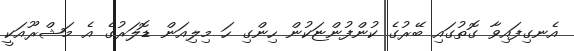
އެނގިފައިވާ ގޮތުގައި ބޭރުގެ ކުންފުންޏަކުން ހިންގި ހަ މިލިއަން ޑޮލަރުގެ އެ މަޝްރޫއަކީ